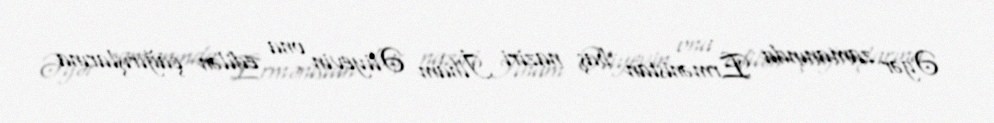
Əgər zamanında Ermənistan baş naziri İlham Əliyevin ona edilən çağırışlarına